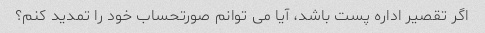
اگر تقصیر اداره پست باشد، آیا می توانم صورتحساب خود را تمدید کنم؟